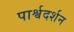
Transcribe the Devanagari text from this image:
पार्श्वदर्शन